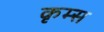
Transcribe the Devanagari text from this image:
कृम्स